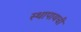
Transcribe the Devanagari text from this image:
स्थापायची